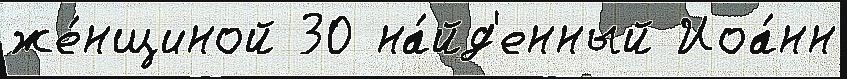
же́нщиной 30 на́йд'енный Иоа́нн